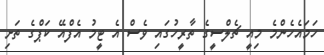
ހަމައެހެންމެ މިއީ ޗެލްސީގެ ތާރީހުގައި ވެސް އެ ޓީމު އެފްއޭ ކަޕްގެ ތަށި